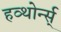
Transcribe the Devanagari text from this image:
हव्थोर्न्स्